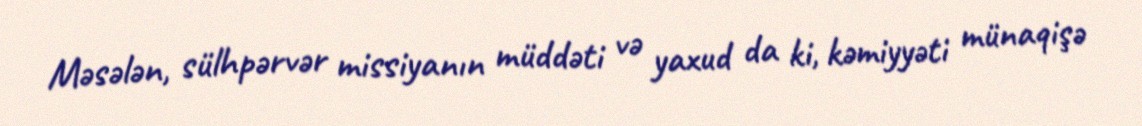
Məsələn, sülhpərvər missiyanın müddəti və yaxud da ki, kəmiyyəti münaqişə